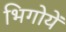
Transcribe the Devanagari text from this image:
भिगोयें